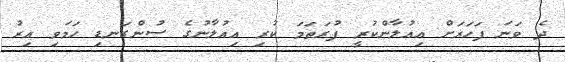
ދެ ވަނަ ފަހަރަށް އިއުލާންކުރީ ފުރަތަމަ ކުރި އިއުލާނުގެ ސުންގަނޑި ހަމަވި އިރު